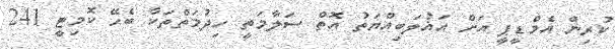
ކުރިން އެމްޑީޕީ އަށް އަޣުލަބިއްޔަތު އޮތް ސަލާމަތީ ހިދުމަތްތަކާ ބެހޭ ކޮމިޓީ 241